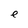
Character: e